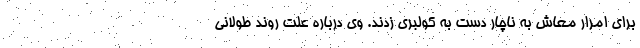
برای امرار معاش به ناچار دست به کولبری زدند. وی درباره علت روند طولانی